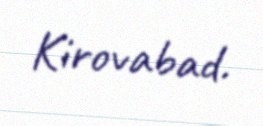
Kirovabad.